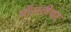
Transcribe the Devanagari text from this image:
वॉलंटीयर